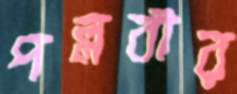
পল্লবীর